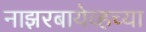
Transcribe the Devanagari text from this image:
नाझरबायेव्हच्या